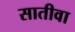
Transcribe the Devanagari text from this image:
सातीवा